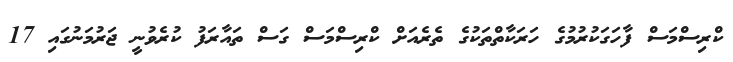
ކްރިސްމަސް ފާހަގަކުރުމުގެ ހަރަކާތްތަކުގެ ތެރެއަށް ކްރިސްމަސް ގަސް ތައާރަފު ކުރެވުނީ ޖަރުމަނުގައި 17